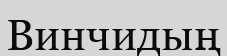
Винчидың